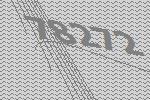
78272